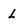
Character: L